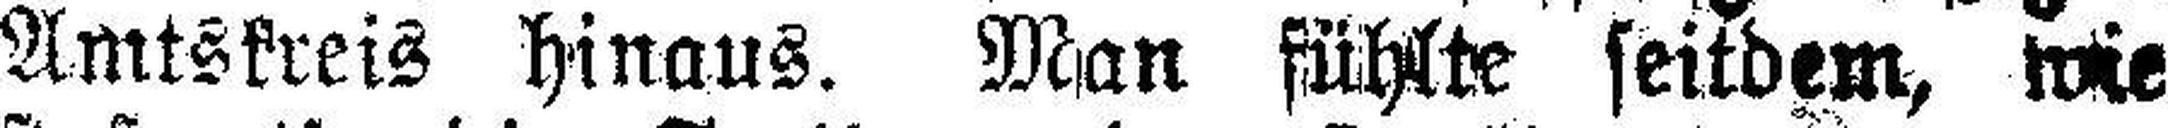
Amtskreis hinaus. Man fühlte seitdem, wie